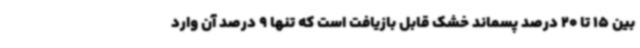
بین 15 تا 20 درصد پسماند خشک قابل بازیافت است که تنها 9 درصد آن وارد